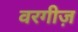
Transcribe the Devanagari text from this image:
वरगीज़